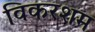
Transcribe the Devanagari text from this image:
विकरशम